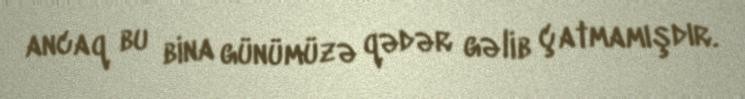
ancaq bu bina günümüzə qədər gəlib çatmamışdır.